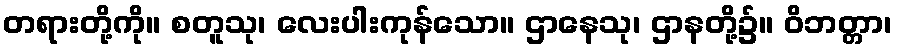
တရားတို့ကို။ စတူသု၊ လေးပါးကုန်သော။ ဌာနေသု၊ ဌာနတို့၌။ ဝိဘတ္တာ၊